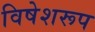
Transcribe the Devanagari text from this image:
विषेशरूप